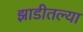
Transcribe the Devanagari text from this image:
झाडीतल्या